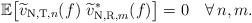
LaTeX: \begin{align*}\mathbb{E}\big[\widetilde{v}_{\textrm{N,T},n}(f)~ \widetilde{v}_{\textrm{N,R},m}^*(f)\big] = 0\quad\forall\, n,m. \end{align*}